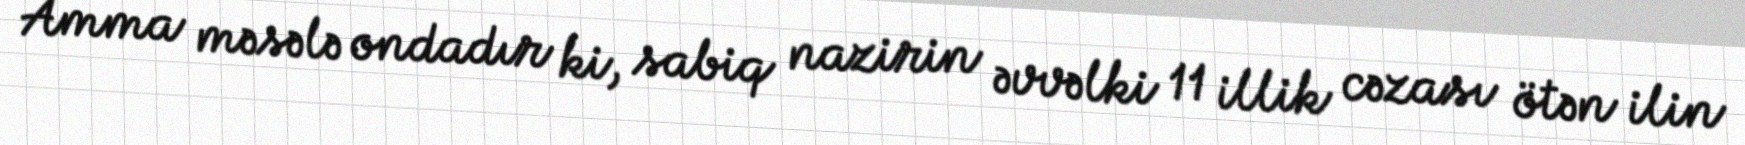
Amma məsələ ondadır ki, sabiq nazirin əvvəlki 11 illik cəzası ötən ilin